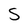
Character: s